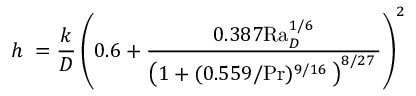
h \ = { \frac { k } { D } } \left( { 0 . 6 + { \frac { 0 . 3 8 7 \mathrm { R a } _ { D } ^ { 1 / 6 } } { \left( 1 + ( 0 . 5 5 9 / \mathrm { P r } ) ^ { 9 / 1 6 } \, \right) ^ { 8 / 2 7 } \, } } } \right) ^ { 2 }